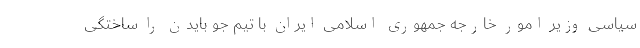
سیاسی وزیر امور خارجه جمهوری اسلامی ایران با تیم جو بایدن را ساختگی